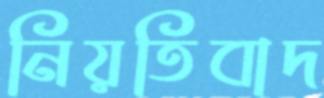
নিয়তিবাদ